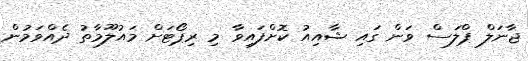
ޖާނަލް ޕްލަސް ވަން ގައި ޝާއިއު ކޮށްފައިވާ މި ރިޕޯޓަށް މައުލޫމާތު ދެއްވަމުން